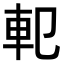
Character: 𨊠